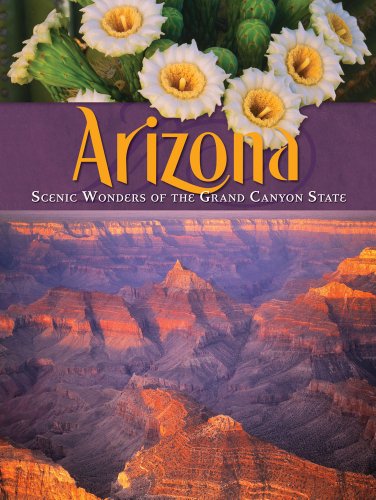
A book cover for Arizona Scenic Wonders-p; Various; Travel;